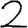
Digit: 2